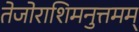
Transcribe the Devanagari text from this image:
तेजोराशिमनुत्तमम्